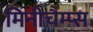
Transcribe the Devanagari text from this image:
मिनीचैम्प्स